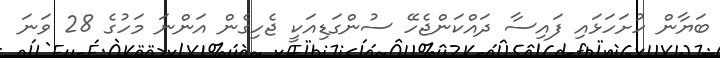
ބަޔާން ހުށަހަޅައި ފައިސާ ދައްކަންޖެހޭ ސުންގަޑިއަކީ ޖެހިގެން އަންނަ މަހުގެ 28 ވަނަ